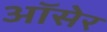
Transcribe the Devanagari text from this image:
ऑसेर